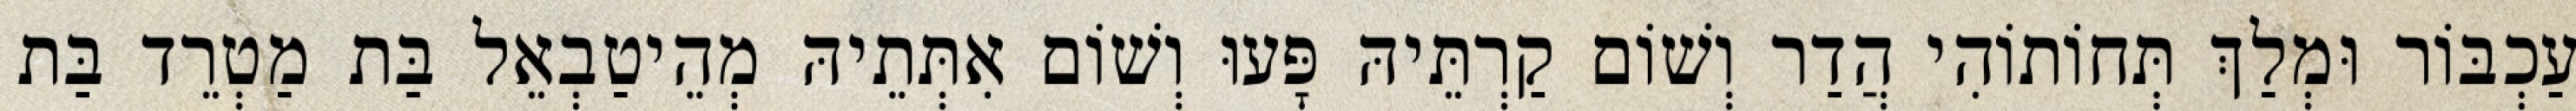
עַכְבּוֹר וּמְלַךְ תְּחוֹתוֹהִי הֲדַר וְשׁוֹם קַרְתֵּיהּ פָּעוּ וְשׁוֹם אִתְּתֵיהּ מְהֵיטַבְאֵל בַּת מַטְרֵד בַּת